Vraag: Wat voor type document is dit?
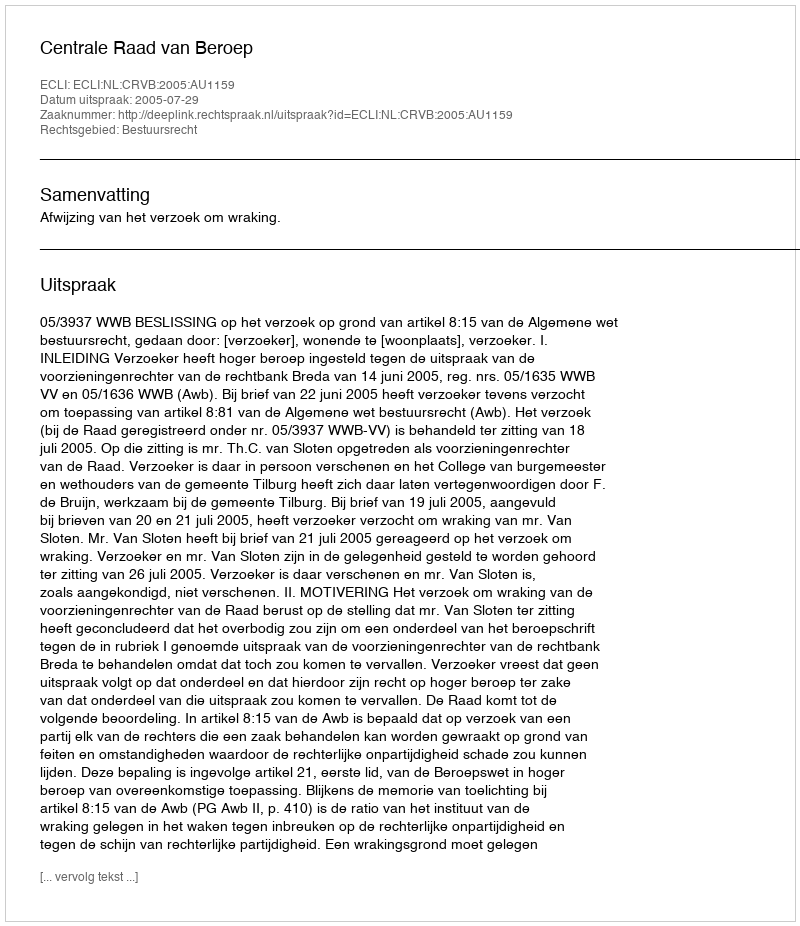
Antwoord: Uitspraak